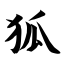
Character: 狐